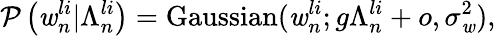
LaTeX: \mathcal{P}\left(\mathit{w}_{n}^{li}|\Lambda_{n}^{li}\right)=\mathrm{{Gaussian}}(\mathit{w}_{n}^{li};g\Lambda_{n}^{li}+o,\sigma_{\mathit{w}}^{2}),